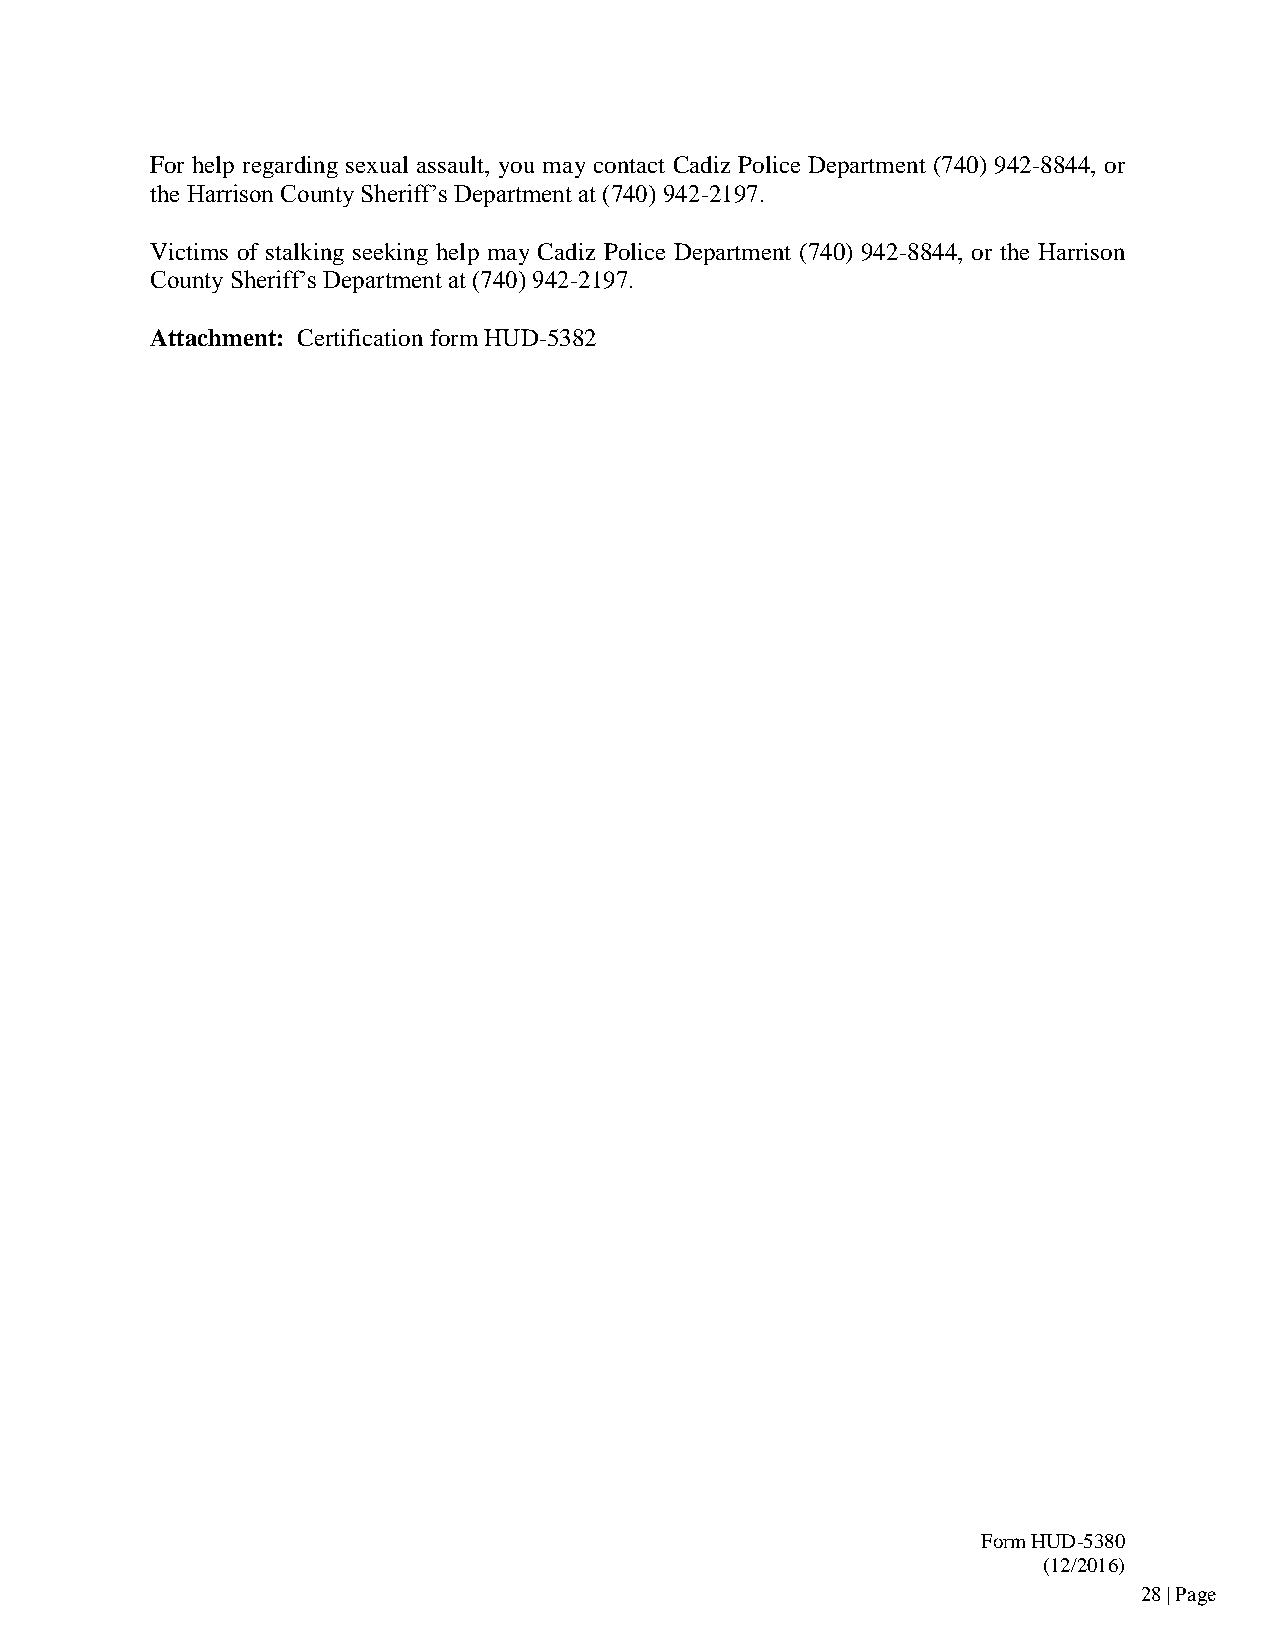
For help regarding sexual assault, you may contact Cadiz Police Department (740) 942-8844, or
 the Harrison County Sheriff’s Department at (740) 942-2197.
 Victims of stalking seeking help may Cadiz Police Department (740) 942-8844, or the Harrison
 County Sheriff’s Department at (740) 942-2197.
 Attachment: Certification form HUD-5382
 Form HUD-5380
 (12/2016)
 28 | Page